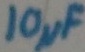
Text: 10µF